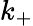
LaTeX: k_{+}